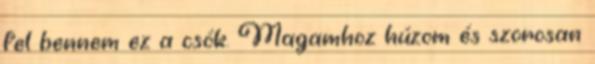
fel bennem ez a csók. Magamhoz húzom és szorosan